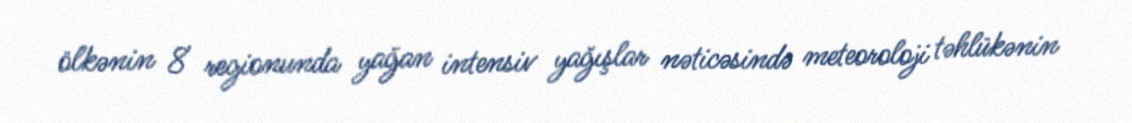
ölkənin 8 regionunda yağan intensiv yağışlar nəticəsində meteoroloji təhlükənin